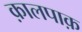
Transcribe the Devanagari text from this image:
क़ालपाक़